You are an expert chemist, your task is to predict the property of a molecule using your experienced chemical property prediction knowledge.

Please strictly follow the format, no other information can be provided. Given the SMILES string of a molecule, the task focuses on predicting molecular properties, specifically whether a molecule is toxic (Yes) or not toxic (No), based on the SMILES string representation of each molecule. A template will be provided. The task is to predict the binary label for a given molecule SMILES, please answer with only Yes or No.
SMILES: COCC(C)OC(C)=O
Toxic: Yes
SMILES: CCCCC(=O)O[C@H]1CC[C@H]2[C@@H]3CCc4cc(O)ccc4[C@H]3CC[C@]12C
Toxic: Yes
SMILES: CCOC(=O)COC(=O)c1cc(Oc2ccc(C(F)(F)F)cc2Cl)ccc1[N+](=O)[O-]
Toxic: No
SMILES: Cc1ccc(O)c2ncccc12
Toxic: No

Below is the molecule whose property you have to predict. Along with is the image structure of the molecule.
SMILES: FC(F)(F)C(Cl)(Cl)Cl
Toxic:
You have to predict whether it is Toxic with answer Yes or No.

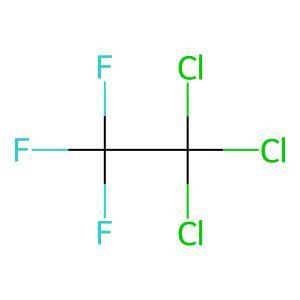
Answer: No